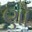
ણો